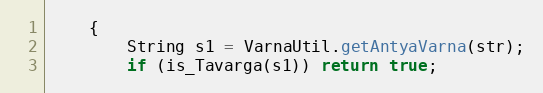
Language: Java
    {
        String s1 = VarnaUtil.getAntyaVarna(str);
        if (is_Tavarga(s1)) return true;